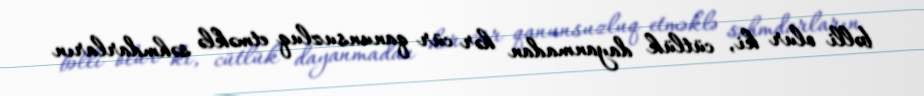
bəlli olur ki, cütlük dayanmadan hər cür qanunsuzluq etməklə səhmdarların